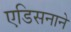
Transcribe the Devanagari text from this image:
एडिसनाने